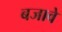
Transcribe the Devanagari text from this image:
बजावे